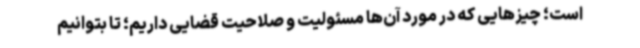
است؛ چیزهایی که در مورد آن‌ها مسئولیت و صلاحیت قضایی داریم؛ تا بتوانیم